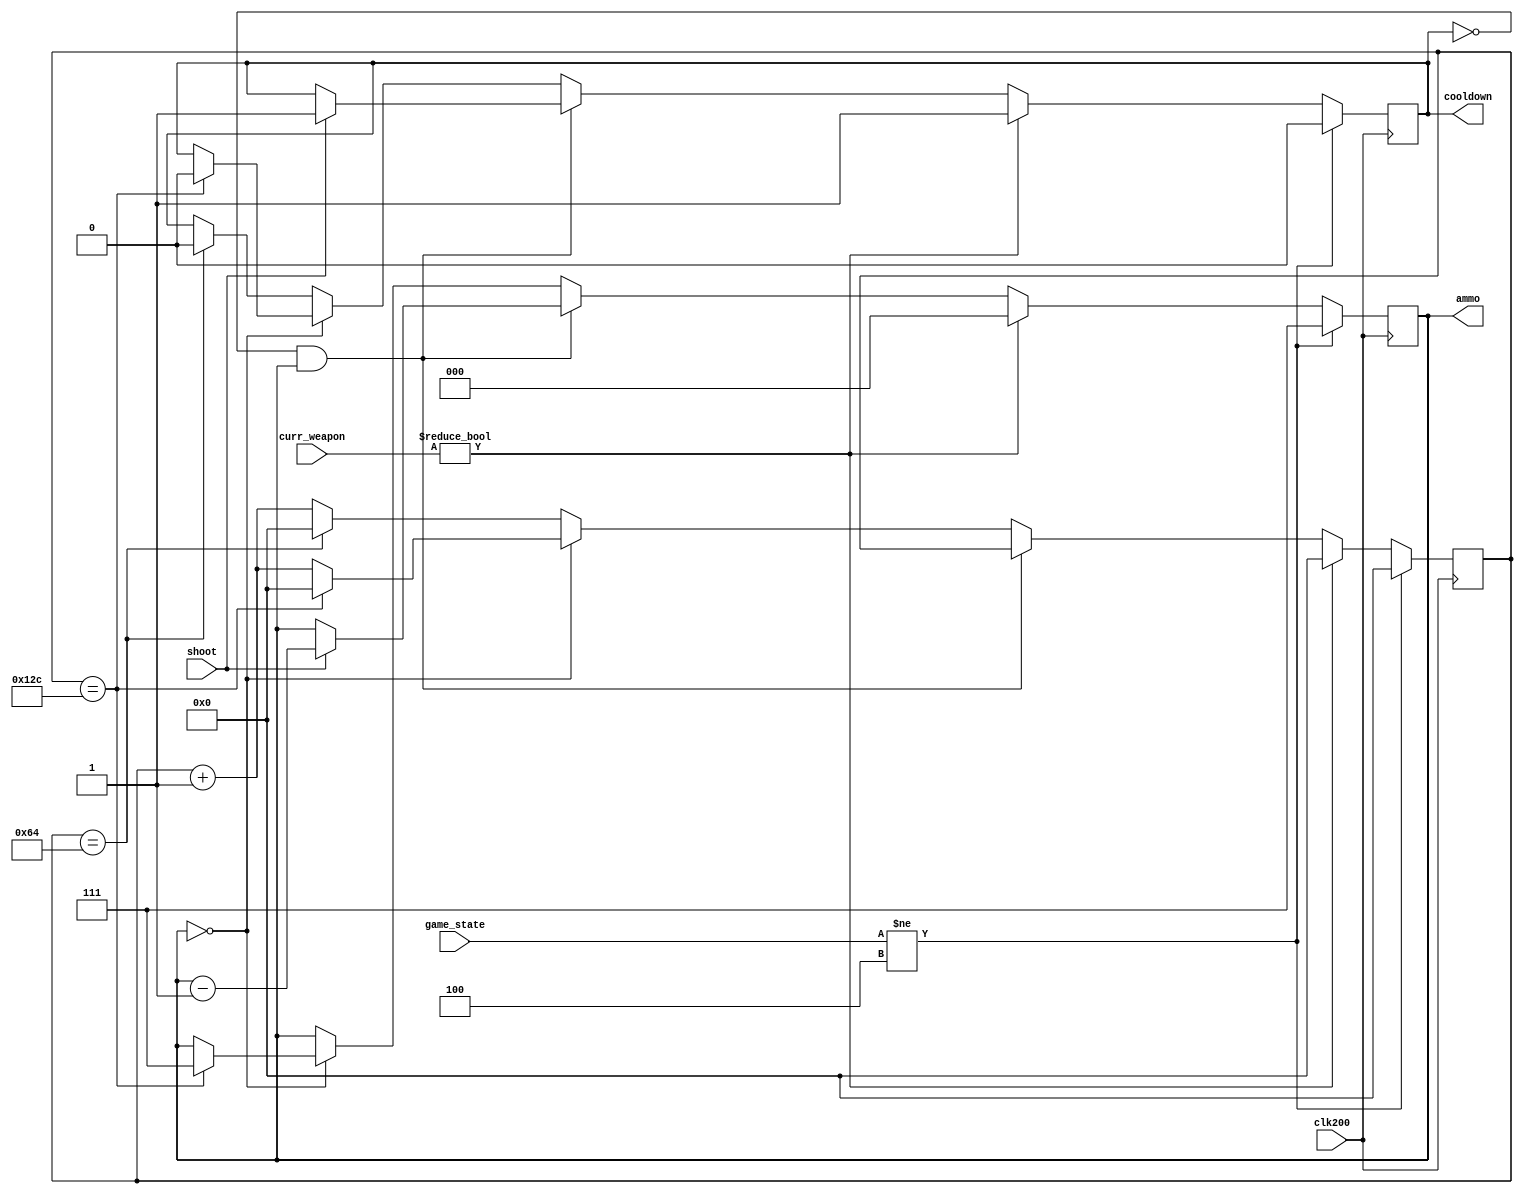
`timescale 1ns / 1ps
//////////////////////////////////////////////////////////////////////////////////
// Company: 
// Engineer: 
// 
// Design Name: 
// Module Name: pistol_module
// Project Name: 
// Target Devices: 
// Tool Versions: 
// Description: 
// 
// Dependencies: 
// 
// Revision:
// Revision 0.01 - File Created
// Additional Comments:
// 
//////////////////////////////////////////////////////////////////////////////////


module pistol_module(
    input clk200, shoot,
    input [1:0] curr_weapon,
    input [2:0] game_state,
    output reg cooldown = 0,
    output reg [2:0] ammo = 7
);

    reg [8:0] COUNT = 0;
    
    always @(posedge clk200) begin
        if (game_state != 4) begin
            cooldown <= 0;
            ammo <= 7;
            COUNT <= 0;
        end
        else begin
            if (curr_weapon != 0) begin
                cooldown <= 1;
                ammo <= 0;
                COUNT <= 0;
            end
            else begin
                if (!cooldown && ammo) begin
                    if (shoot) begin
                        cooldown <= 1;
                        ammo <= ammo - 1;
                    end
                end
                else if (!ammo) begin
                    COUNT <= COUNT == 300 ? COUNT : COUNT + 1;
                    if (COUNT == 300) begin
                        cooldown <= 0;
                        ammo <= 7;
                        COUNT <= 0;
                    end
                end
                else begin
                    COUNT <= COUNT == 100 ? COUNT : COUNT + 1;
                    if (COUNT == 100) begin
                        cooldown <= 0;
                        COUNT <= 0;
                    end
                end
            end
        end
    end
    
endmodule